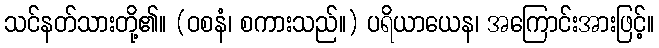
သင်နတ်သားတို့၏။ (ဝစနံ၊ စကားသည်။) ပရိယာယေန၊ အကြောင်းအားဖြင့်။